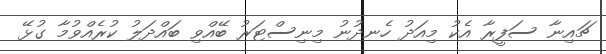
ޗައިނާ ސަފީރާ އެކު މިއަދު ހެނދުނު މިނިސްޓަރު ބޭއްވި ބައްދަލު ކުރެއްވުމާ ގުޅޭ